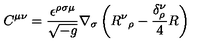
C ^ { \mu \nu } = \frac { \epsilon ^ { \rho \sigma \mu } } { \sqrt { - g } } \nabla _ { \sigma } \left( R { ^ \nu } { _ \rho } - \frac { \delta _ { \rho } ^ { \nu } } { 4 } R \right)